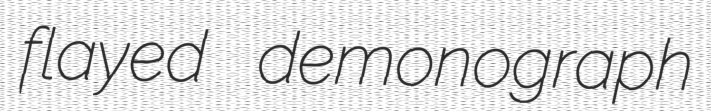
flayed demonograph